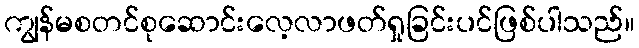
ကျွန်မစတင်စုဆောင်းလေ့လာဖတ်ရှုခြင်းပင်ဖြစ်ပါသည်။